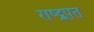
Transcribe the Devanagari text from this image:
राष्ट्र्पत